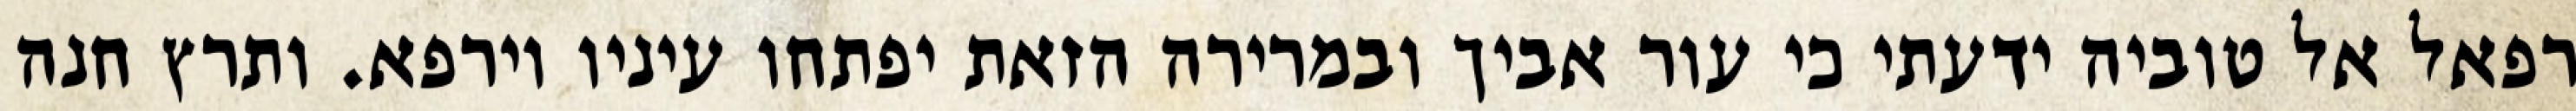
רפאל אל טוביה ידעתי כי עור אביך ובמרירה הזאת יפתחו עיניו וירפא. ותרץ חנה